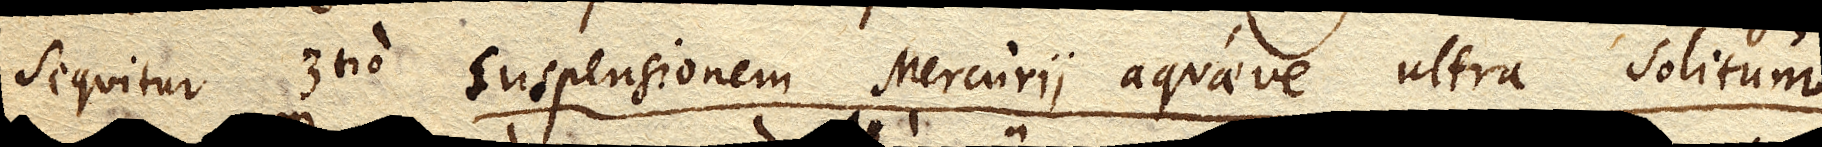
Sequitur 3tiosuspensionem Mercurii aquaeve ultra solitum